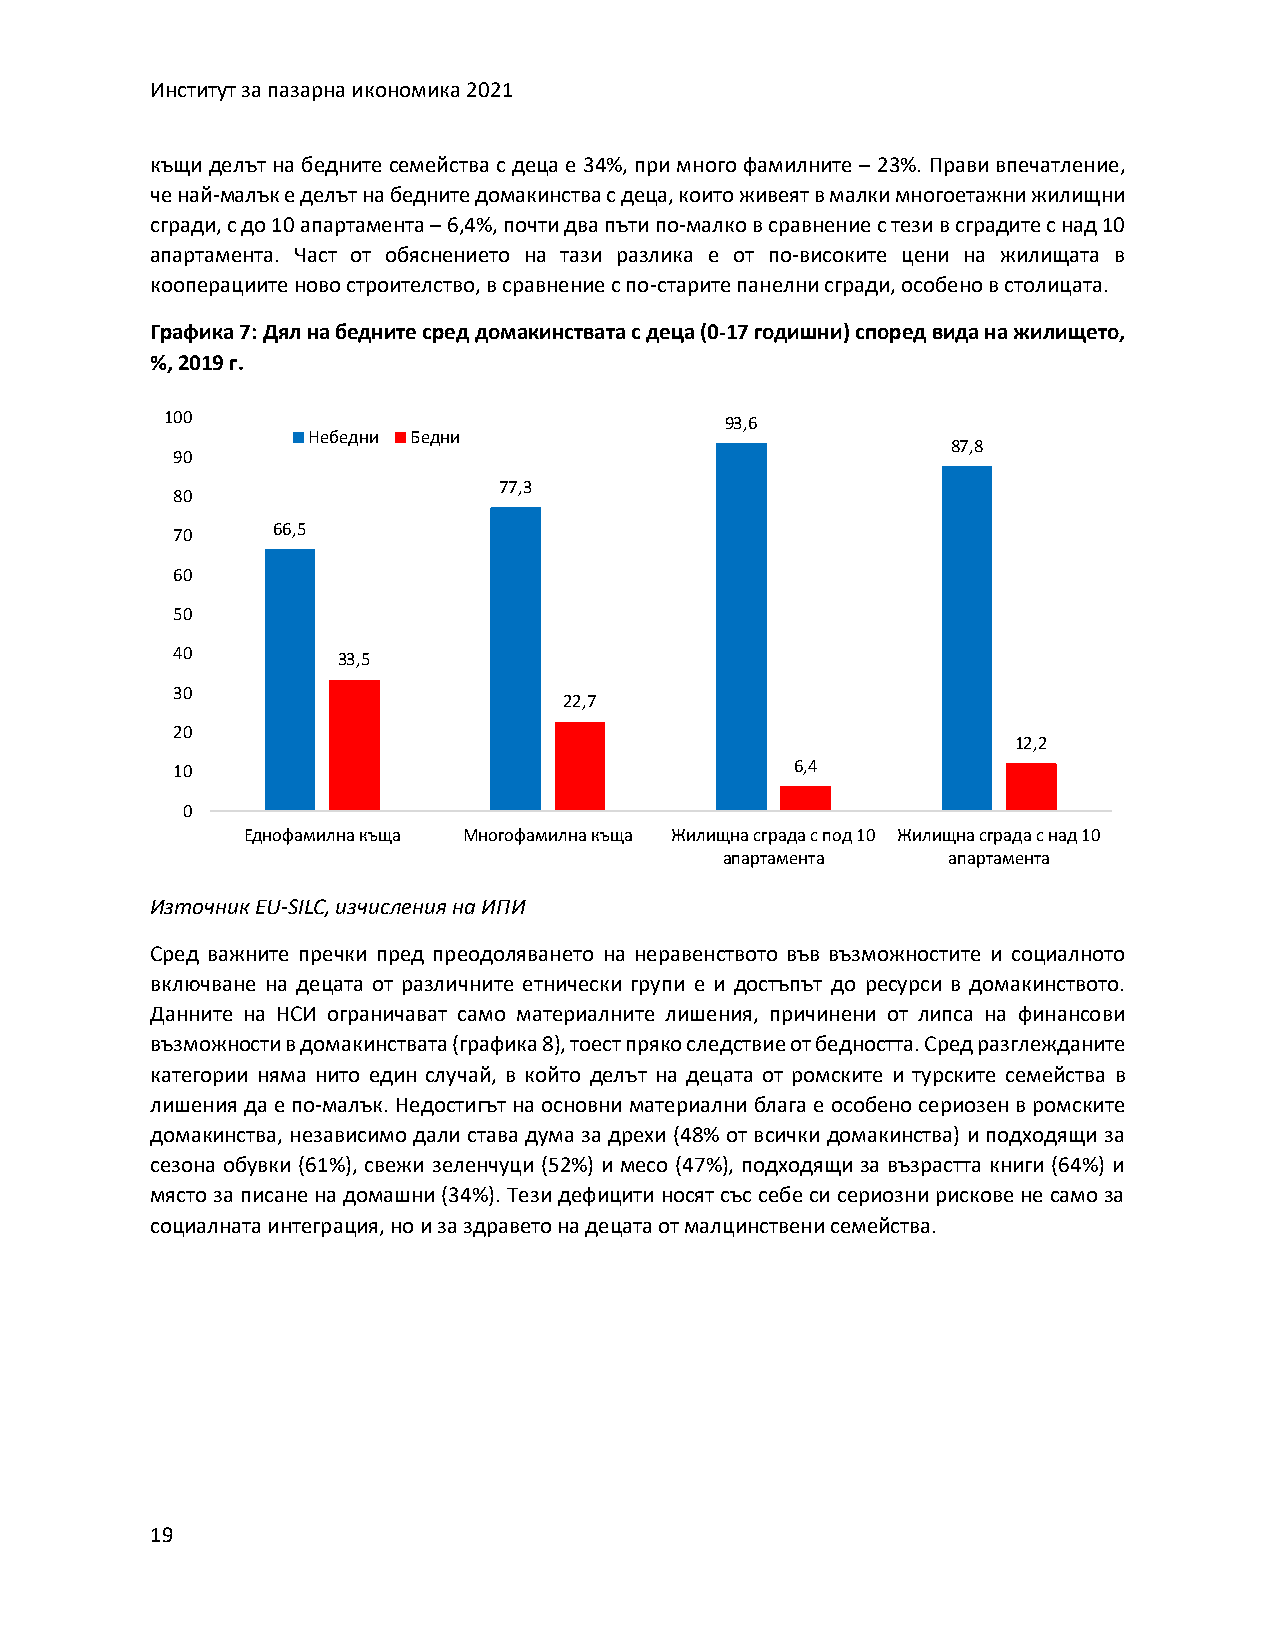
Институт за пазарна икономика 2021
 къщи делът на бедните семейства с деца е 34%, при много фамилните – 23%. Прави впечатление,
 че най-малък е делът на бедните домакинства с деца, които живеят в малки многоетажни жилищни
 сгради, с до 10 апартамента – 6,4%, почти два пъти по-малко в сравнение с тези в сградите с над 10
 апартамента. Част от обяснението на тази разлика е от по-високите цени на жилищата в
 кооперациите ново строителство, в сравнение с по-старите панелни сгради, особено в столицата.
 Графика 7: Дял на бедните сред домакинствата с деца (0-17 годишни) според вида на жилището,
 %, 2019 г.
 100                                  93,6
 Небедни Бедни
 87,8
 90
 77,3
 80
 70     66,5
 60
 50
 40         33,5
 30
 22,7
 20
 12,2
 10                                        6,4
 0
 Еднофамилна къща Многофамилна къща Жилищна сграда с под 10 Жилищна сграда с над 10
 апартамента    апартамента
 Източник EU-SILC, изчисления на ИПИ
 Сред важните пречки пред преодоляването на неравенството във възможностите и социалното
 включване на децата от различните етнически групи е и достъпът до ресурси в домакинството.
 Данните на НСИ ограничават само материалните лишения, причинени от липса на финансови
 възможности в домакинствата (графика 8), тоест пряко следствие от бедността. Сред разглежданите
 категории няма нито един случай, в който делът на децата от ромските и турските семейства в
 лишения да е по-малък. Недостигът на основни материални блага е особено сериозен в ромските
 домакинства, независимо дали става дума за дрехи (48% от всички домакинства) и подходящи за
 сезона обувки (61%), свежи зеленчуци (52%) и месо (47%), подходящи за възрастта книги (64%) и
 място за писане на домашни (34%). Тези дефицити носят със себе си сериозни рискове не само за
 социалната интеграция, но и за здравето на децата от малцинствени семейства.
 19